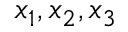
x _ { 1 } , x _ { 2 } , x _ { 3 }